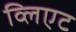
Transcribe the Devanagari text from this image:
व्लिएट